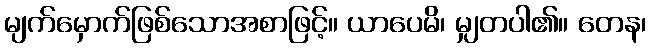
မျက်မှောက်ဖြစ်သောအစာဖြင့်။ ယာပေမိ၊ မျှတပါ၏။ တေန၊